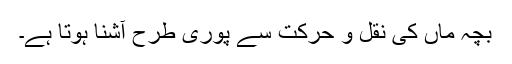
بچہ ماں کی نقل و حرکت سے پوری طرح آشنا ہوتا ہے۔